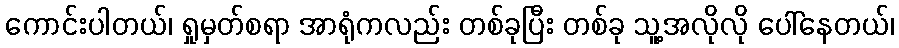
ကောင်းပါတယ်၊ ရှုမှတ်စရာ အာရုံကလည်း တစ်ခုပြီး တစ်ခု သူ့အလိုလို ပေါ်နေတယ်၊